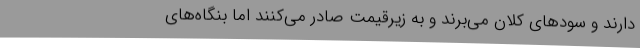
دارند و سودهای کلان می‌برند و به زیرقیمت صادر می‌کنند اما بنگاه‌های